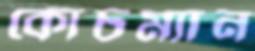
কোচম্যান